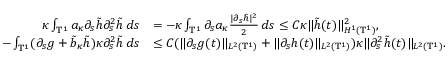
\begin{array} { r l } { \kappa \int _ { \ensuremath { \mathbb { T } } ^ { 1 } } a _ { \kappa } \partial _ { s } \tilde { h } \partial _ { s } ^ { 2 } \tilde { h } \, d s } & { = - \kappa \int _ { \ensuremath { \mathbb { T } } ^ { 1 } } \partial _ { s } a _ { \kappa } \frac { | \partial _ { s } \tilde { h } | ^ { 2 } } 2 \, d s \leq C \kappa \| \tilde { h } ( t ) \| _ { H ^ { 1 } ( \ensuremath { \mathbb { T } } ^ { 1 } ) } ^ { 2 } , } \\ { - \int _ { \ensuremath { \mathbb { T } } ^ { 1 } } ( \partial _ { s } g + \tilde { b } _ { \kappa } \tilde { h } ) \kappa \partial _ { s } ^ { 2 } \tilde { h } \, d s } & { \leq C ( \| \partial _ { s } g ( t ) \| _ { L ^ { 2 } ( \ensuremath { \mathbb { T } } ^ { 1 } ) } + \| \partial _ { s } h ( t ) \| _ { L ^ { 2 } ( \ensuremath { \mathbb { T } } ^ { 1 } ) } ) \kappa \| \partial _ { s } ^ { 2 } \tilde { h } ( t ) \| _ { L ^ { 2 } ( \ensuremath { \mathbb { T } } ^ { 1 } ) } . } \end{array}